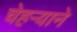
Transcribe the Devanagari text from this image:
चेहऱ्याने